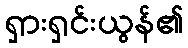
ရှားရှင်းယွန်၏